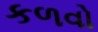
કળવો